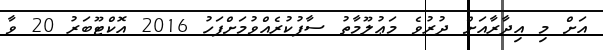
އަށް މި އިދާރާއަށް ދުރުވެ މަޢުލޫމާތު ސާފުކުރެއްވުމަށްފަހު 2016 އޮކްޓޫބަރު 20 ވާ